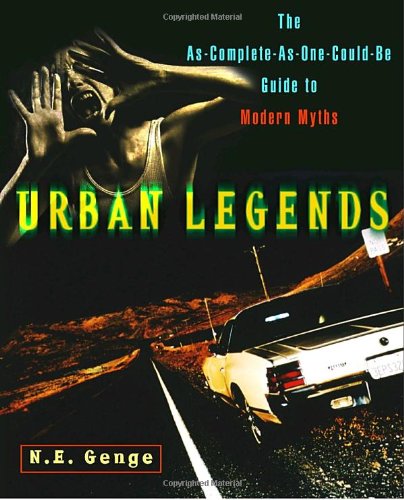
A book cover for Urban Legends: The As-Complete-As-One-Could-Be Guide to Modern Myths; Ngaire E. Genge; Humor & Entertainment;